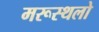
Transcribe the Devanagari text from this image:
मरूस्थलो